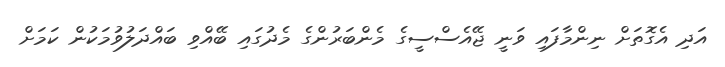
އަދި އެގޮތަށް ނިންމާފައި ވަނީ ޖޭއެސްސީގެ މެންބަރުންގެ މެދުގައި ބޭއްވި ބައްދަލުވުމަކުން ކަމަށް